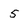
Character: 5